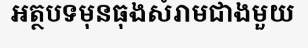
អត្ថបទមុនធុងសំរាមជាងមួយ